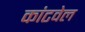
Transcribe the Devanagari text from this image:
कांटवेल